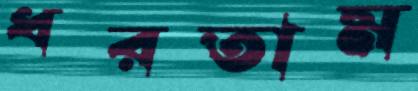
ধরতাম